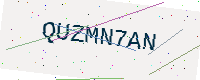
Text: QUZMN7AN